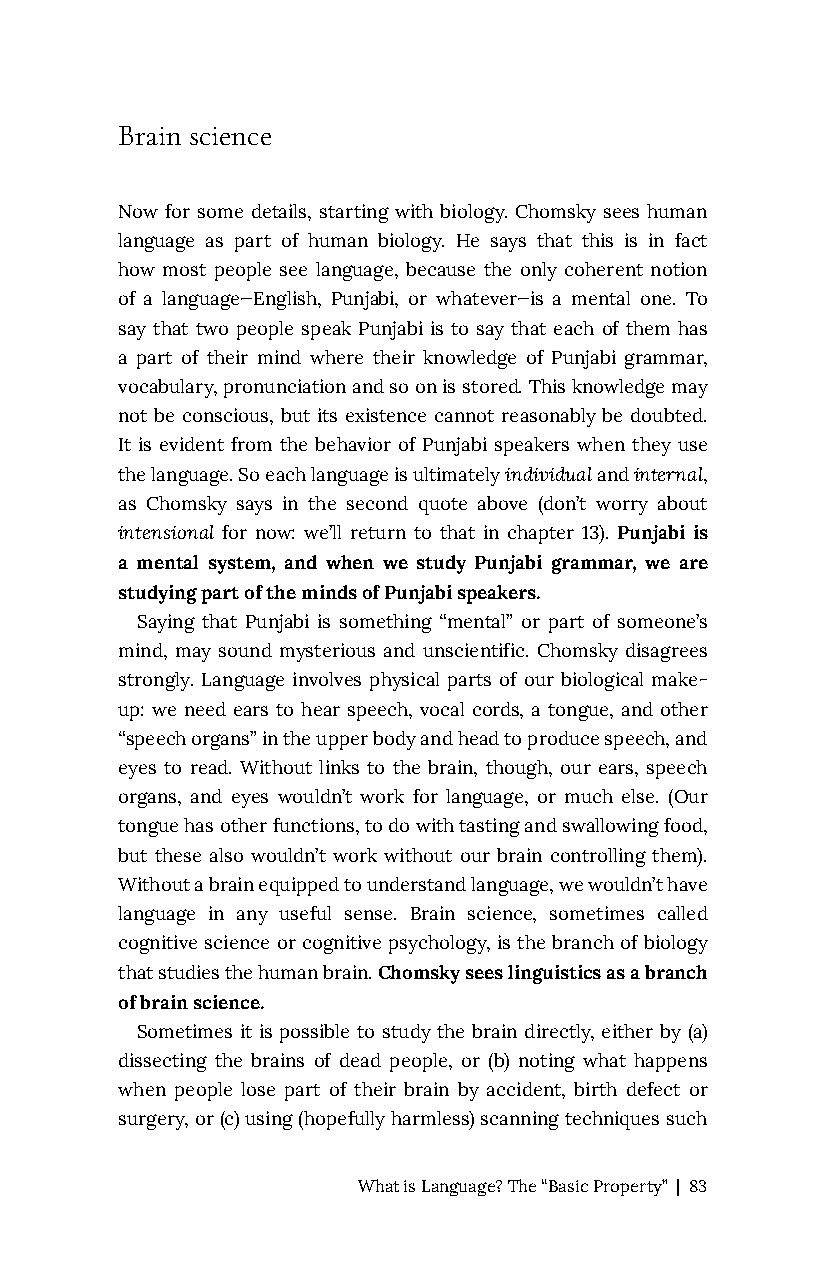
Brain science
 Now for some details, starting with biology. Chomsky sees human
 language as part of human biology. He says that this is in fact
 how most people see language, because the only coherent notion
 of a language—English, Punjabi, or whatever—is a mental one. To
 say that two people speak Punjabi is to say that each of them has
 a part of their mind where their knowledge of Punjabi grammar,
 vocabulary, pronunciation and so on is stored. This knowledge may
 not be conscious, but its existence cannot reasonably be doubted.
 It is evident from the behavior of Punjabi speakers when they use
 the language. So each language is ultimately individual and internal,
 as Chomsky says in the second quote above (don’t worry about
 intensional for now: we’ll return to that in chapter 13). Punjabi is
 a mental system, and when we study Punjabi grammar, we are
 studying part of the minds of Punjabi speakers.
 Saying that Punjabi is something “mental” or part of someone’s
 mind, may sound mysterious and unscientific. Chomsky disagrees
 strongly. Language involves physical parts of our biological make-
 up: we need ears to hear speech, vocal cords, a tongue, and other
 “speech organs” in the upper body and head to produce speech, and
 eyes to read. Without links to the brain, though, our ears, speech
 organs, and eyes wouldn’t work for language, or much else. (Our
 tongue has other functions, to do with tasting and swallowing food,
 but these also wouldn’t work without our brain controlling them).
 Without a brain equipped to understand language, we wouldn’t have
 language in any useful sense. Brain science, sometimes called
 cognitive science or cognitive psychology, is the branch of biology
 that studies the human brain. Chomsky sees linguistics as a branch
 of brain science.
 Sometimes it is possible to study the brain directly, either by (a)
 dissecting the brains of dead people, or (b) noting what happens
 when people lose part of their brain by accident, birth defect or
 surgery, or (c) using (hopefully harmless) scanning techniques such
 What is Language? The “Basic Property” | 83